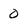
Character: 0